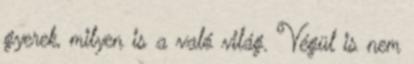
gyerek, milyen is a való világ. Végül is nem